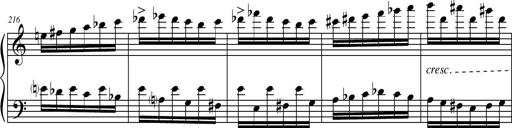
Title: Petite Sonatine
Composer: Richard St. Clair